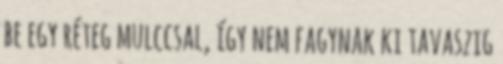
be egy réteg mulccsal, így nem fagynak ki tavaszig